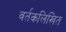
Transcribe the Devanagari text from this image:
वर्तकलिखित